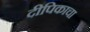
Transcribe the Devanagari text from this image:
दीपिकाचा